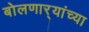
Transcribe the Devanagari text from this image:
बोलणार्‍यांच्या